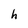
Character: h